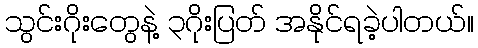
သွင်းဂိုးတွေနဲ့ ၃ဂိုးပြတ် အနိုင်ရခဲ့ပါတယ်။